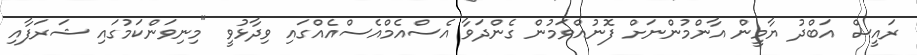
ރައީސް އަބްދު ޔާމީން އާންމުންނަށް ފޮނުއްވަމުން ގެންދަވާ އެސްއެމްއެސްއެއްގައި ވިދާޅުވީ "މިނިވަންކަމުގައި ޝަރަފާއި